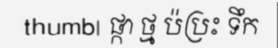
thumb| ផ្កា ថ្ម ប៉ប្រះ ទឹក